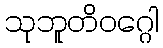
သုဘူတိဝဂ္ဂေါ